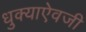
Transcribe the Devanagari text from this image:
धुक्याऐवजी